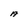
Character: A